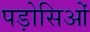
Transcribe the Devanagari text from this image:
पड़ोसिओं